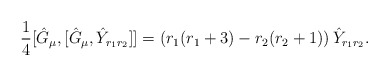
\begin{align*}\frac{1}{4}[\hat{G}_{\mu},[\hat{G}_{\mu},\hat{Y}_{r_{1}r_{2}}]]=\left(r_{1}(r_{1}+3)-r_{2}(r_{2}+1)\right)\hat{Y}_{r_{1}r_{2}}.\end{align*}